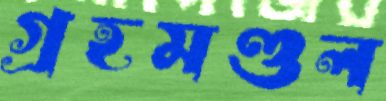
গ্রহমণ্ডল